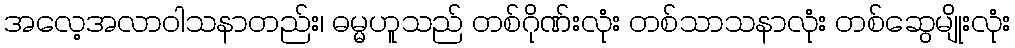
အလေ့အလာဝါသနာတည်း၊ ဓမ္မဟူသည် တစ်ဂိုဏ်းလုံး တစ်သာသနာလုံး တစ်ဆွေမျိုးလုံး